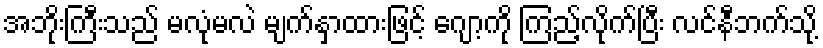
အဘိုးကြီးသည် မလုံမလဲ မျက်နှာထားဖြင့် ဂျော့ကို ကြည့်လိုက်ပြီး လင်နီဘက်သို့